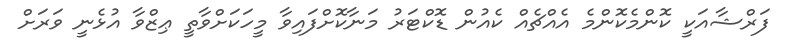
ފަރްޝާއަކީ ކޮންމެކޮންމެ އެއްޗެއް ކެއުން ޑޮކްޓަރު މަނާކޮށްފައިވާ މީހަކަށްވާތީ ޢިޒްވާ އުޅެނީ ވަރަށް